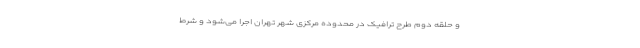
و حلقه دوم طرح ترافیک در محدوده مرکزی شهر تهران اجرا می‌شود و شرط